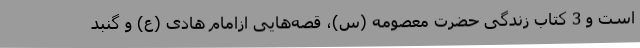
است و 3 کتاب زندگی حضرت معصومه (س)، قصه‌هایی ازامام هادی (ع) و گنبد